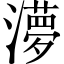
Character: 𭲿